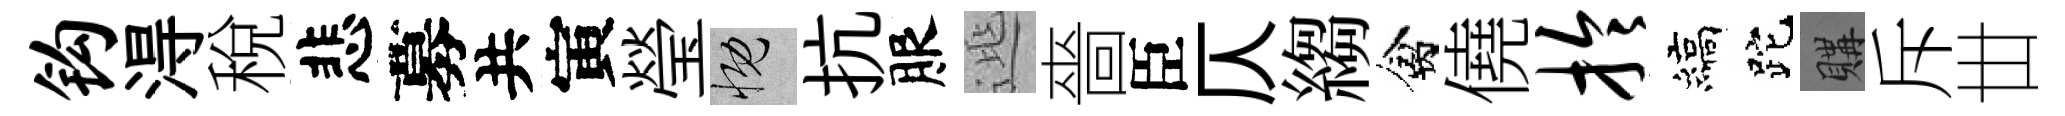
钩淂稅悲募共寅瑩慨抗服𨓱嗇臣仄縐禽僥拎縞跎購斥丗